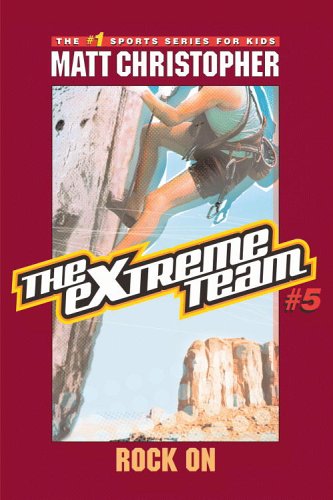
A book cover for The Extreme Team #5: Rock On (Extreme Team (PB)); Matt Christopher; Sports & Outdoors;